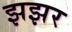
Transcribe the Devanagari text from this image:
झझर